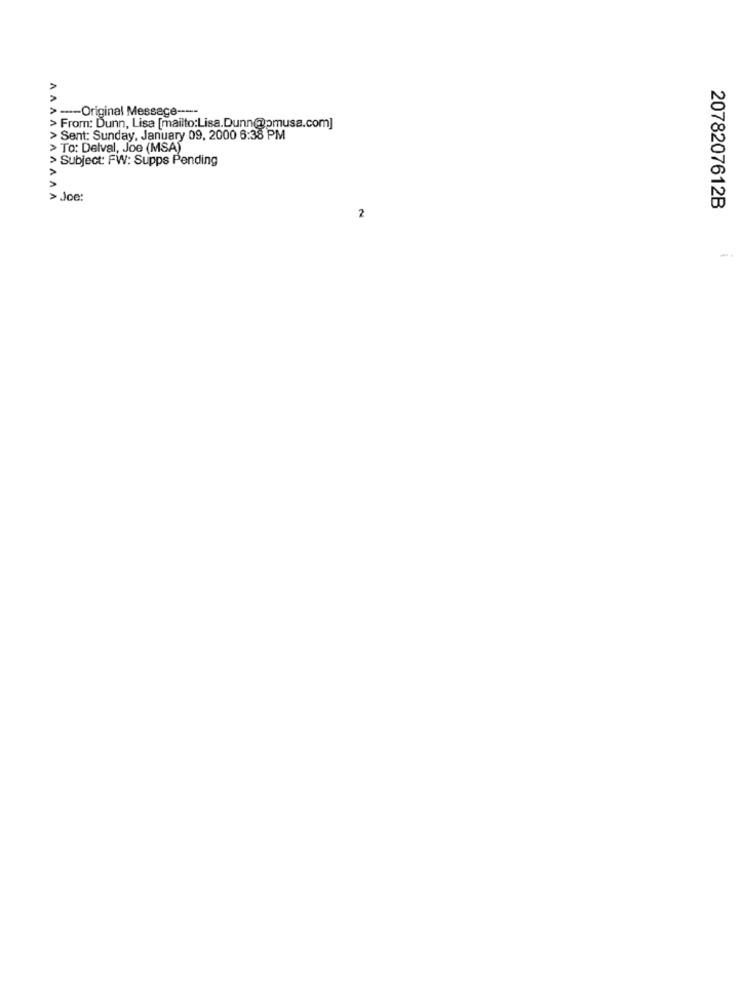
---- Original Message ----
> From: Dunn, Lisa [mailto:Lisa.Dunn@pmusa.com]
> Sent: Sunday, January 09, 2000 6:38 PM
> To: Delval, Joe (MSA)
> Subject: FW: Supps Pending
>Joe:
AAAAAAAAAA
2078207612B
2